Annual report of the Punjab Veterinary College and of the Civil Veterinary Department, Punjab - 1920-1925
Year: 1920
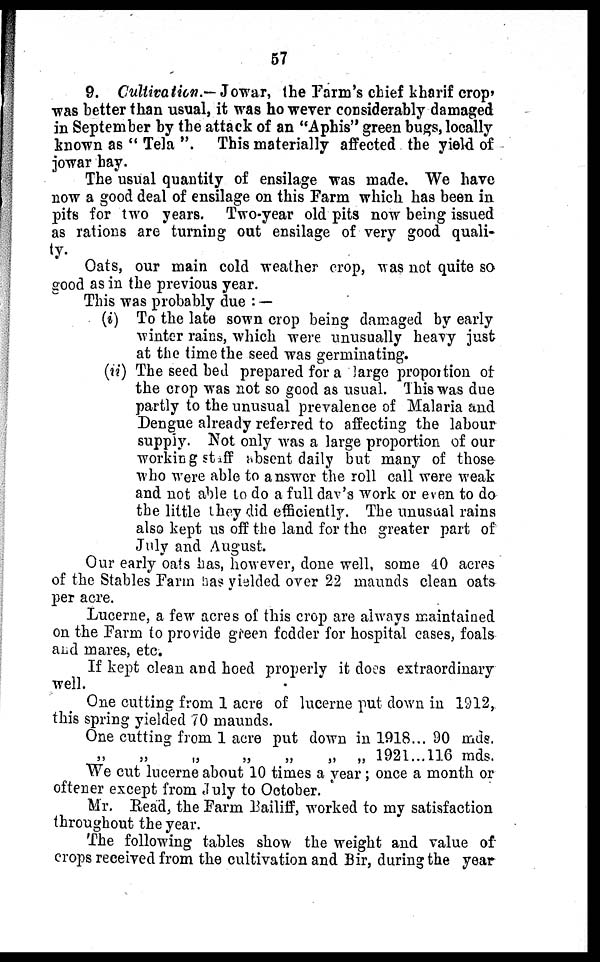
57
9. Cultivation.—Jowar, the Farm's chief kharif crop,
was better than usual, it was however considerably damaged
in September by the attack of an "Aphis" green bugs, locally
known as "Tela". This materially affected the yield of
jowar hay.
The usual quantity of ensilage was made. We have
now a good deal of ensilage on this Farm which has been in
pits for two years. Two-year old pits now being issued
as rations are turning out ensilage of very good quali-
ty.
Oats, our main cold weather crop, was not quite so
good as in the previous year.
This was probably due :—
(i) To the late sown crop being damaged by early
winter rains, which were unusually heavy just
at the time the seed was germinating.
(ii) The seed bed prepared for a large proportion of
the crop was not so good as usual. This was due
partly to the unusual prevalence of Malaria and
Dengue already referred to affecting the labour
supply. Not only was a large proportion of our
working staff absent daily but many of those
who were able to answer the roll call were weak
and not able to do a full day's work or even to do
the little they did efficiently. The unusual rains
also kept us off the land for the greater part of
July and August.
Our early oats has, however, done well, some 40 acres
of the Stables Farm has yielded over 22 maunds clean oats
per acre.
Lucerne, a few acres of this crop are always maintained
on the Farm to provide green fodder for hospital cases, foals
and mares, etc.
If kept clean and hoed properly it does extraordinary
well.
One cutting from 1 acre of lucerne put down in 1912,
this spring yielded 70 maunds.
One cutting from 1 acre put down in 1918 ...
„
„
„
„
„
„
„
1921
...
90 mds.
116 mds.
We cut lucerne about 10 times a year; once a month or
oftener except from July to October.
Mr. Read, the Farm Bailiff, worked to my satisfaction
throughout the year.
The following tables show the weight and value of
crops received from the cultivation and Bir, during the year